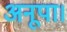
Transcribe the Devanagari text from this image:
अनूपा।